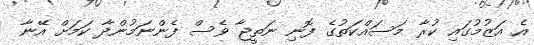
އެ އަޒުމުގައި ކުރާ މަސައްކަތުގެ ފޮނި ނަތީޖާ ވެސް ފެންނަމުންދާ ކަމަށް އޭނާ